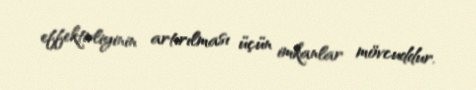
effektivliyinin artırılması üçün imkanlar mövcuddur.